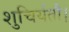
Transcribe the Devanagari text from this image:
शुचिर्यतौ।